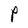
Character: P